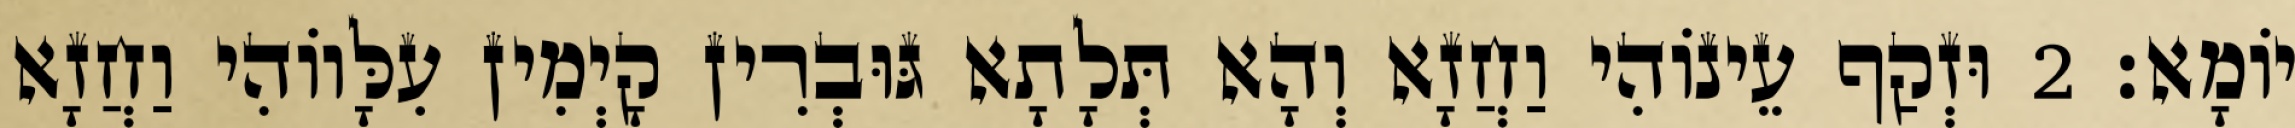
יוֹמָא׃ 2 וּזְקַף עֵינוֹהִי וַחֲזָא וְהָא תְּלָתָא גּוּבְרִין קָיְמִין עִלָּווֹהִי וַחֲזָא